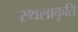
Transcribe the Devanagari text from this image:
स्‍थलाकृति